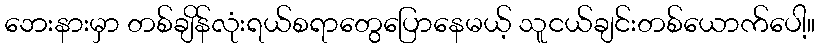
ဘေးနားမှာ တစ်ချိန်လုံးရယ်စရာတွေပြောနေမယ့် သူငယ်ချင်းတစ်ယောက်ပေါ့။